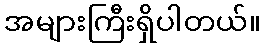
အများကြီးရှိပါတယ်။